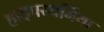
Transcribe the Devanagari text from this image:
हाइपरथर्मिया